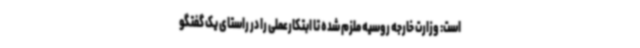
است: وزارت خارجه روسیه ملزم شده تا ابتکارعملی را در راستای یک گفتگو